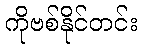
ကိုဗစ်နိုင်တင်း